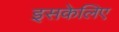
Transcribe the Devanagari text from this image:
इसकेलिए